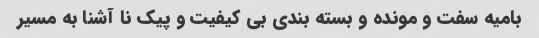
بامیه سفت و مونده و بسته بندی بی کیفیت و پیک نا آشنا به مسیر